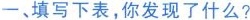
一、填写下表，你发现了什么?